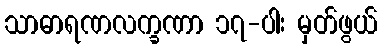
သာဓာရဏလက္ခဏာ ၁၇-ပါး မှတ်ဖွယ်